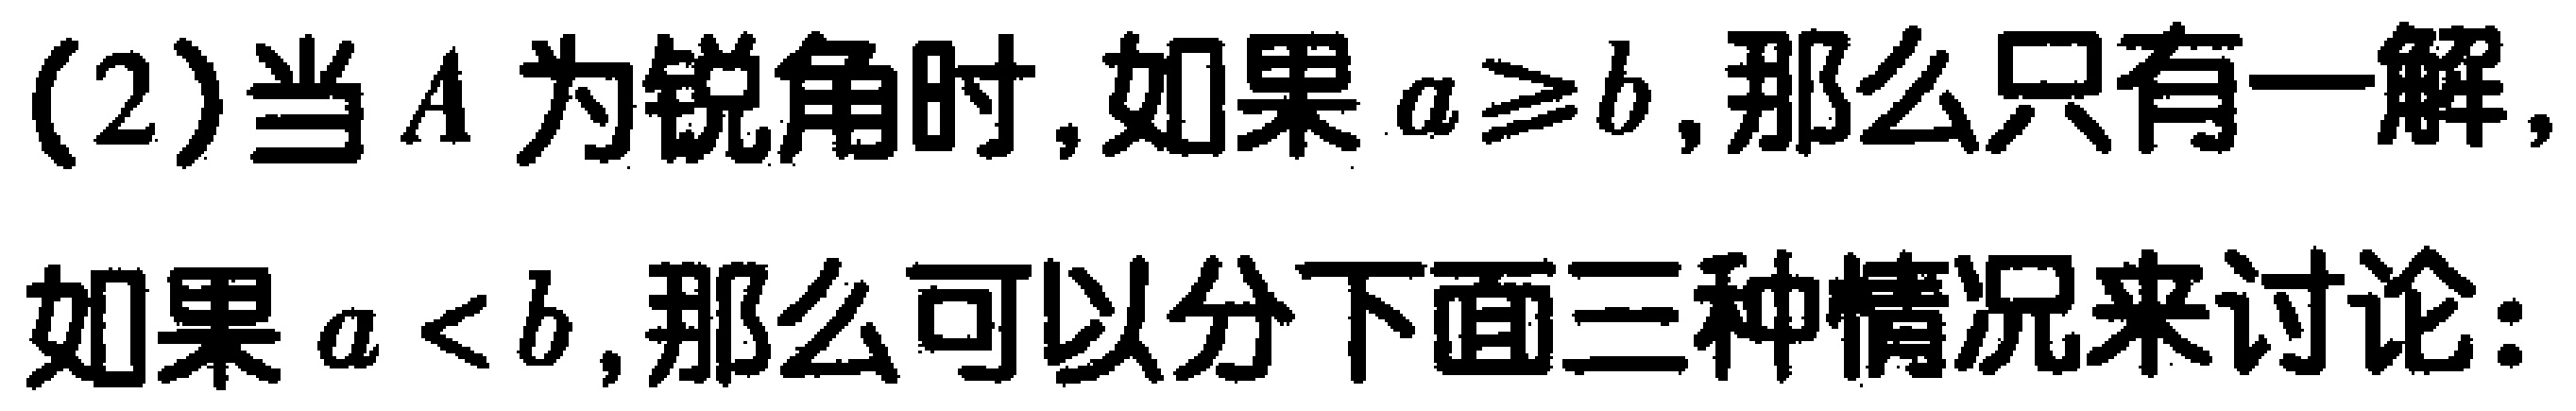
(2)当 \(A\) 为锐角时,如果 \(a\geq b\),那么只有一解,
如果 \(a < b\),那么可以分下面三种情况来讨论: